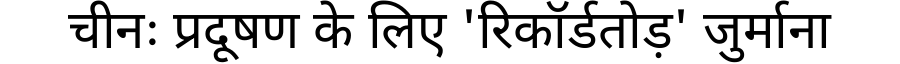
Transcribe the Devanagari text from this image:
चीनः प्रदूषण के लिए 'रिकॉर्डतोड़' जुर्माना